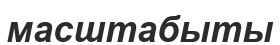
масштабыты